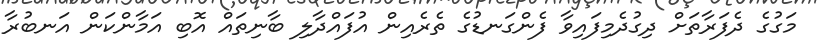
މަގުގެ ދެފަރާތަށް ދިގުދެމިފައިވާ ފެންގަނޑުގެ ތެރެއިން އުފައްދާލި ބާނިތައް އޮބި އަމާންކަން އަނބުރާ